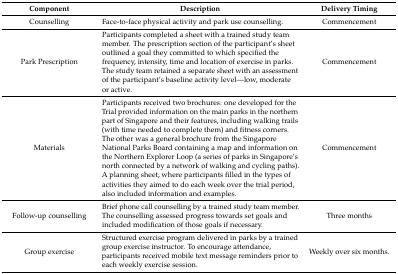
| Component | Description | Delivery Timing |
 | --- | --- | --- |
 | Counselling | Face-to-face physical activity and park use counselling. | Commencement |
 | Park Prescription | Participants completed a sheet with a trained study team member. The prescription section of the participant’s sheet outlined a goal they committed to which specified the frequency, intensity, time and location of exercise in parks. The study team retained a separate sheet with an assessment of the participant’s baseline activity level—low, moderate or active. | Commencement |
 | Materials | Participants received two brochures: one developed for the Trial provided information on the main parks in the northern part of Singapore and their features, including walking trails (with time needed to complete them) and fitness corners. The other was a general brochure from the Singapore National Parks Board containing a map and information on the Northern Explorer Loop (a series of parks in Singapore’s north connected by a network of walking and cycling paths). A planning sheet, where participants filled in the types of activities they aimed to do each week over the trial period, also included information and examples. | Commencement |
 | Follow-up counselling | Brief phone call counselling by a trained study team member. The counselling assessed progress towards set goals and included modification of those goals if necessary. | Three months |
 | Group exercise | Structured exercise program delivered in parks by a trained group exercise instructor. To encourage attendance, participants received mobile text message reminders prior to each weekly exercise session. | Weekly over six months. |